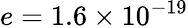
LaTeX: e=1.6\times 10^{-19}